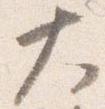
大